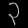
Digit: ၃